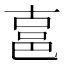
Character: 𰻧